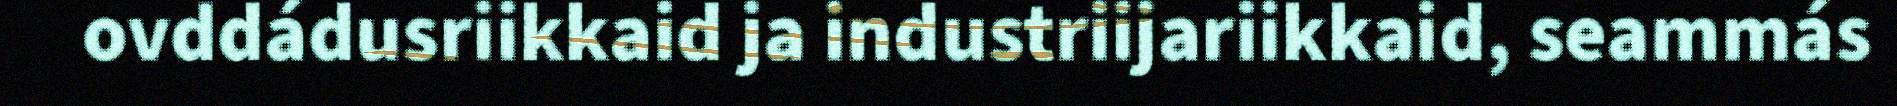
ovddádusriikkaid ja industriijariikkaid, seammás